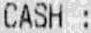
CASH :